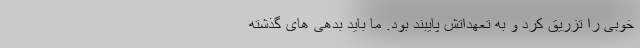
خوبی را تزریق کرد و به تعهداتش پایبند بود. ما باید بدهی های گذشته